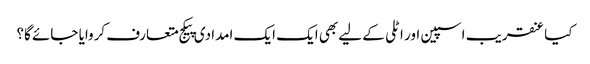
کیا عنقریب اسپین اور اٹلی کے لیے بھی ایک ایک امدادی پیکج متعارف کروایا جائے گا؟